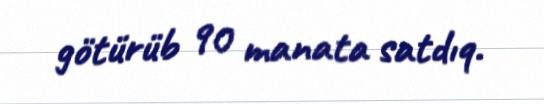
götürüb 90 manata satdıq.